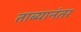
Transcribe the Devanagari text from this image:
ताब्यानंतर